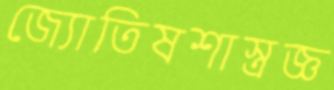
জ্যোতিষশাস্ত্রজ্ঞ